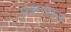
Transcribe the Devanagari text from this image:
प्रशासन